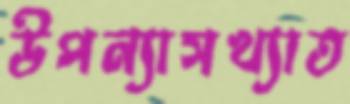
উপন্যাসখ্যাত